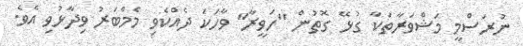
ނުރަސްމީ މަޝްވަރާތަކާ ގުޅޭ ގޮތުން "ހަވީރާ" ވާހަކަ ދެއްކެވި މެމްބަރު ވިދާޅުވި އެވެ.